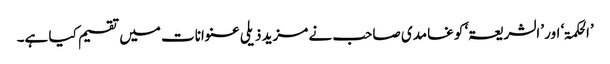
’الحکمۃ‘ اور ’الشریعۃ‘ کو غامدی صاحب نے مزید ذیلی عنوانات میں تقسیم کیا ہے۔